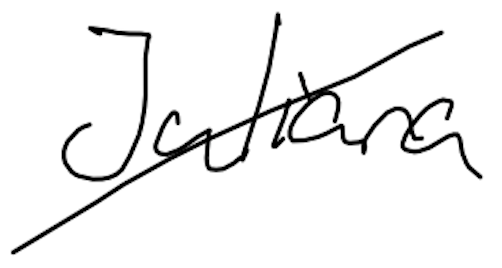
Text: Juliana
Cross-out: diagonal
Writing tool: digital_black